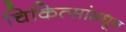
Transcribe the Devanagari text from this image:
चिकित्सांमधून